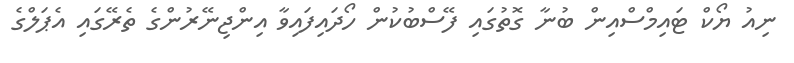
ނިއު ޔޯކް ޓައިމްސްއިން ބުނާ ގޮތުގައި ފޭސްބުކުން ހޯދައިފައިވާ އިންޖިނޭރުންގެ ތެރޭގައި އެޕަލްގެ